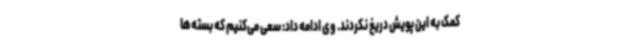
کمک به این پویش دریغ نکردند. وی ادامه داد: سعی می‌کنیم که بسته‌ها